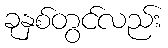
ခုနှစ်တွင်လည်း